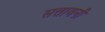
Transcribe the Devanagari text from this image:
सत्तावनी